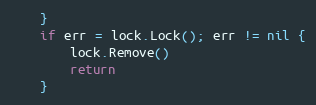
Language: Go
	}
	if err = lock.Lock(); err != nil {
		lock.Remove()
		return
	}